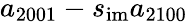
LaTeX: a_{2001}-s_{\mathrm{im}}a_{2100}